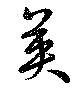
英